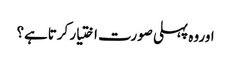
اوروہ پہلی صورت اختیار کرتاہے؟